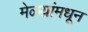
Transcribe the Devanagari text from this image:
मेळय़ांमधून